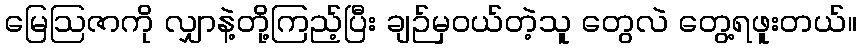
မြေဩဇာကို လျှာနဲ့တို့ကြည့်ပြီး ချဉ်မှဝယ်တဲ့သူ တွေလဲ တွေ့ရဖူးတယ်။